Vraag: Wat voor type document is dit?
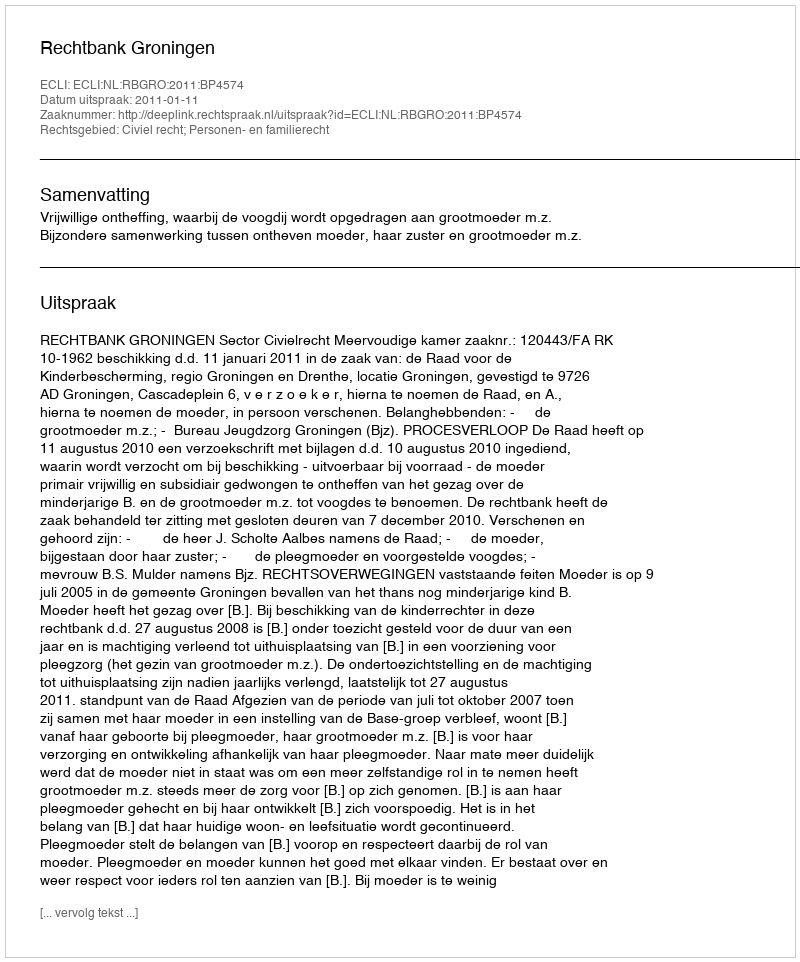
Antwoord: Uitspraak